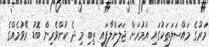
މަރުގެ މައްސަލަތަކުގައި އުމުރަށް ޖަލަށްލާފައި ތިބި މި ދެ ކުށްވެރިން ބޮޑު ރޭވުމެއްގެ